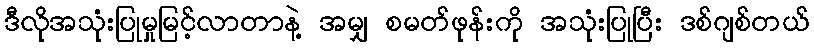
ဒီလိုအသုံးပြုမှုမြင့်လာတာနဲ့ အမျှ စမတ်ဖုန်းကို အသုံးပြုပြီး ဒစ်ဂျစ်တယ်